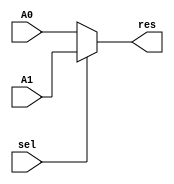
`timescale 1ns / 1ps
//////////////////////////////////////////////////////////////////////////////////
// Company: 
// Engineer: 
// 
// Design Name: 
// Module Name:    mux_2_1_32 
// Project Name: 
// Target Devices: 
// Tool versions: 
// Description: 
//
// Dependencies: 
//
// Revision: 
// Revision 0.01 - File Created
// Additional Comments: 
//
//////////////////////////////////////////////////////////////////////////////////
module mux_2_1_32(A0,A1,sel,res);

	output reg [31:0] res;
	 input  sel;
	 input [31:0] A0,A1;
	 always @(*)
	 begin
		if(sel)
		begin
			res = A1;
		end
		else 
		begin
			res = A0;
		end
		
	 end
endmodule